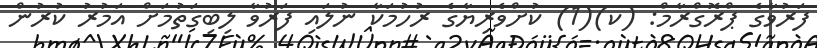
ފަރުވާގެ ޕްރޮގްރާމް: (ކ)(1) ކުށްވެރިޔާގެ ރުހުމަކާ ނުލައި ފަރުވާ ލިބިގަތުމަށް އަމުރު ކުރުން